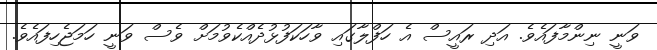
ވަނީ ނިންމާފައެވެ. އަދި ރައީސް އެ ހަފްލާގައި ވާހަކަފުޅުދެއްކެވުމަށް ވެސް ވަނީ ހަމަޖެހިފައެވެ.